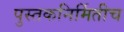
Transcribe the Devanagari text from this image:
पुस्तकनिर्मितीच